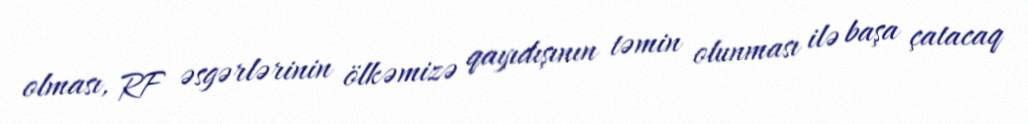
olması, RF əsgərlərinin ölkəmizə qayıdışının təmin olunması ilə başa çatacaq